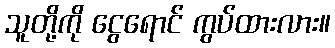
သူတို့ကို ငွေရောင် ကွပ်ထားလား။